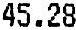
45.28